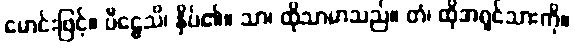
မောင်းဖြင့်။ ပီဠေသိ၊ နှိပ်၏။ သာ၊ ထိုသာမာသည်။ တံ၊ ထိုအရှင်သားကို။